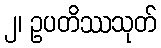
၂၊ ဥပတိဿသုတ်